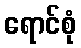
ရောင်စုံ